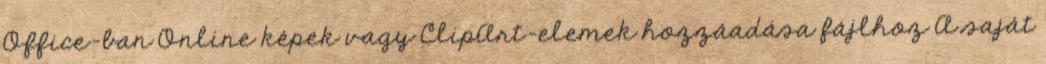
Office-ban Online képek vagy ClipArt-elemek hozzáadása fájlhoz A saját